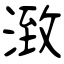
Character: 㴛